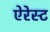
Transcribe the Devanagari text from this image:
ऐरेस्ट